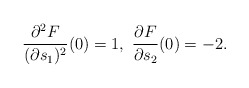
\begin{align*}\frac{\partial^2 F}{(\partial s_1)^2}(0)=1,\ \frac{\partial F}{\partial s_2}(0)=-2.\end{align*}